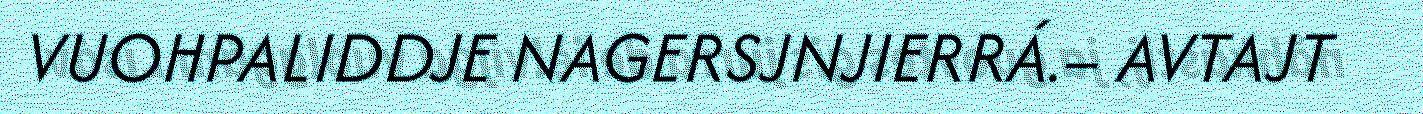
VUOHPALIDDJE NAGERSJNJIERRÁ.– AVTAJT